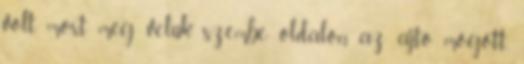
volt, most meg velük szembe oldalon az ajtó mögött.